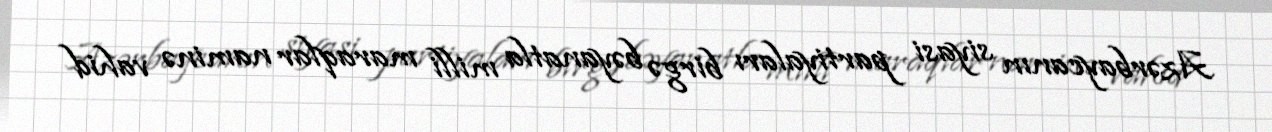
Azərbaycanın siyasi partiyaları birgə bəyanatla milli maraqlar naminə vahid